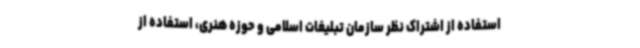
استفاده از اشتراک نظر سازمان تبلیغات اسلامی و حوزه هنری، استفاده از